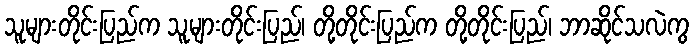
သူများတိုင်းပြည်က သူများတိုင်းပြည်၊ တို့တိုင်းပြည်က တို့တိုင်းပြည်၊ ဘာဆိုင်သလဲကွ